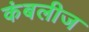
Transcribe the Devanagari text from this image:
कंबलीज